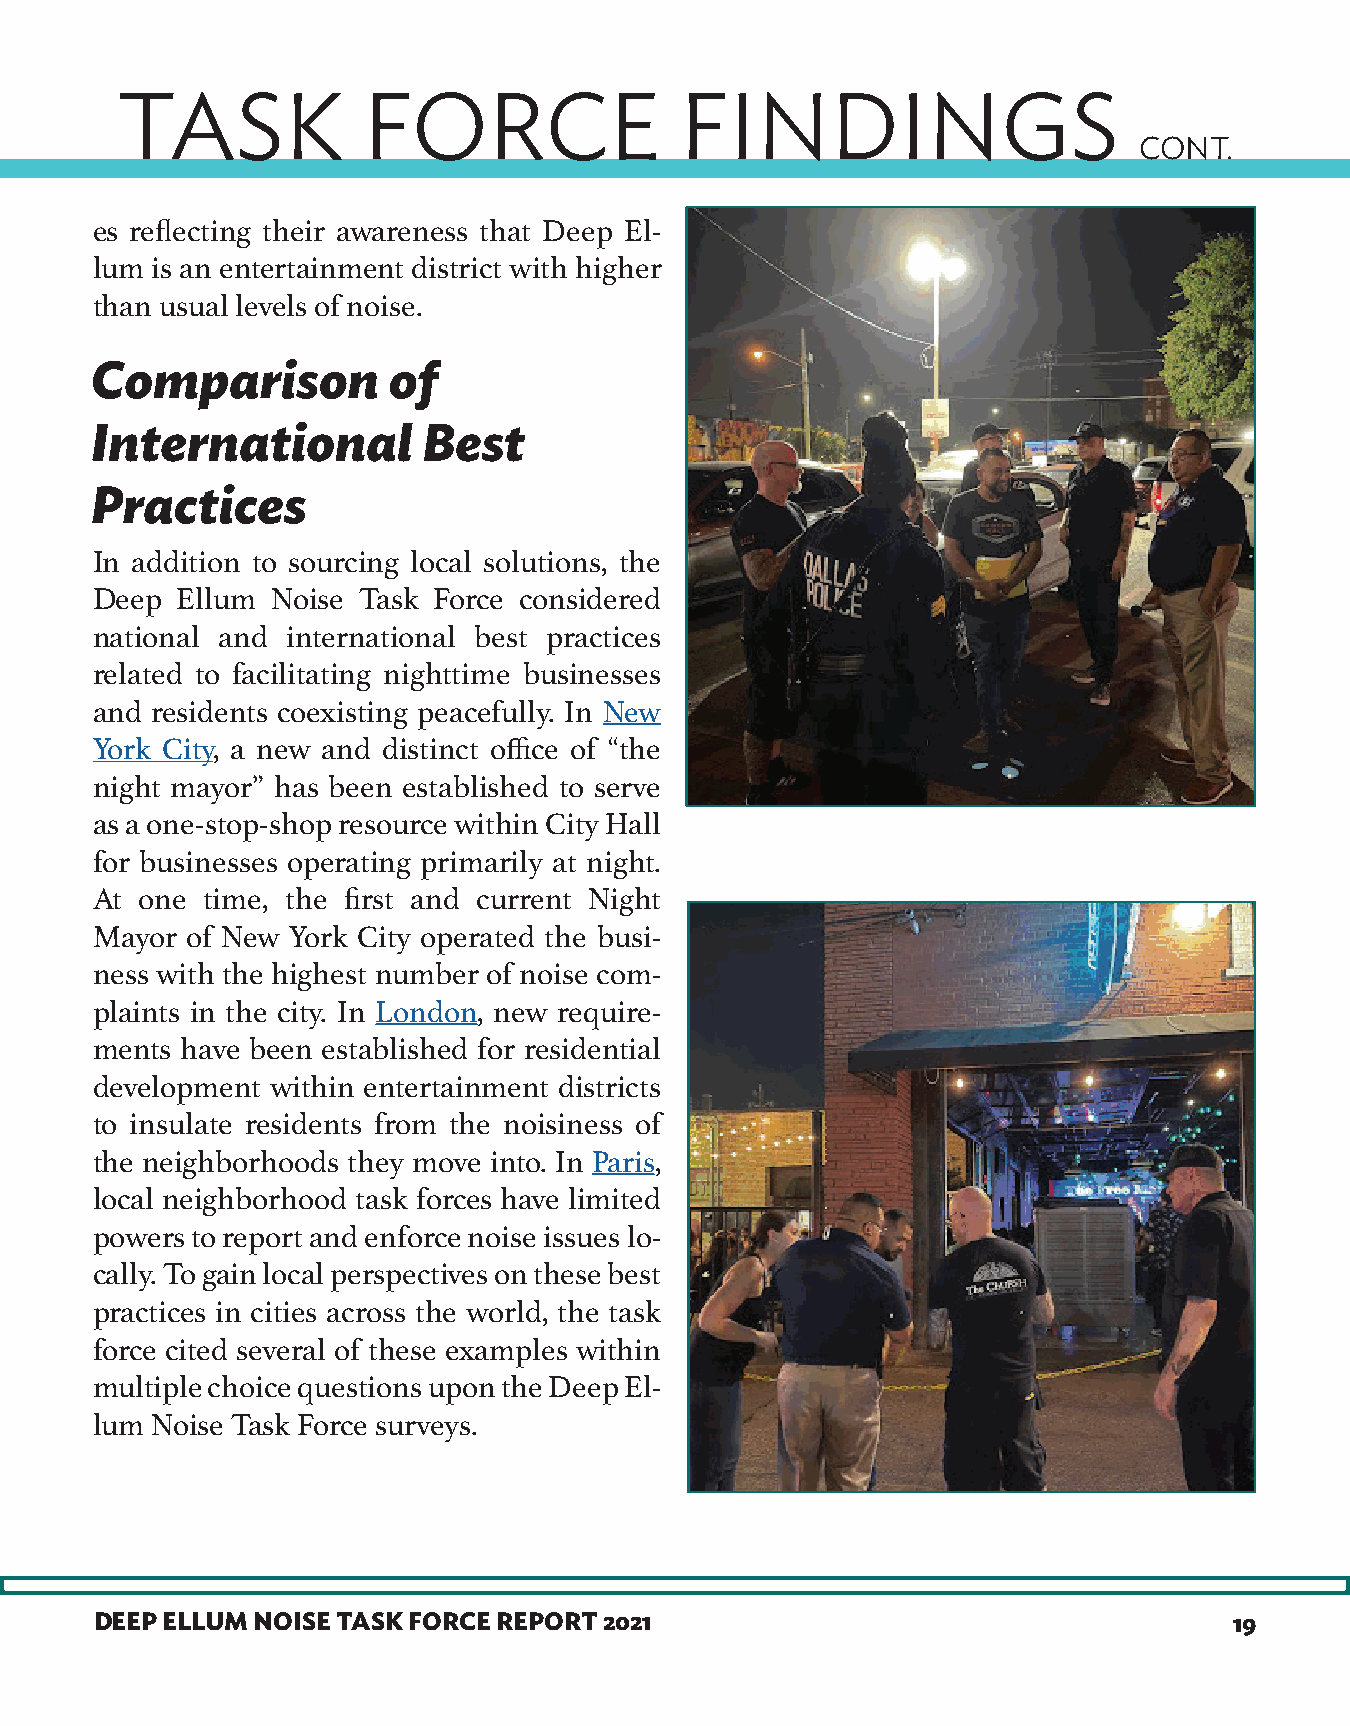
TASK            FORCE                FINDINGS
 CONT.
 es reflecting their awareness that Deep El-
 lum is an entertainment district with higher
 than usual levels of noise.
 Comparison          of
 International         Best
 Practices
 In addition to sourcing local solutions, the
 Deep  Ellum Noise Task Force considered
 national and international best practices
 related to facilitating nighttime businesses
 and residents coexisting peacefully. In New
 York City, a new and distinct office of “the
 night mayor” has been established to serve
 as a one-stop-shop resource within City Hall
 for businesses operating primarily at night.
 At one time, the first and current Night
 Mayor of New York City operated the busi-
 ness with the highest number of noise com-
 plaints in the city. In London, new require-
 ments have been established for residential
 development within entertainment districts
 to insulate residents from the noisiness of
 the neighborhoods they move into. In Paris,
 local neighborhood task forces have limited
 powers to report and enforce noise issues lo-
 cally. To gain local perspectives on these best
 practices in cities across the world, the task
 force cited several of these examples within
 multiple choice questions upon the Deep El-
 lum Noise Task Force surveys.
 DEEP ELLUM NOISE TASK FORCE REPORT 2021                                     19